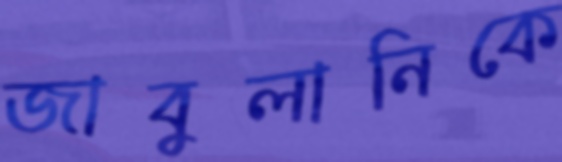
জাবুলানিকে